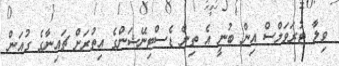
ވިލާ ޓުރަވަލްސް އިން ބުނީ އެ ތިން ޑެސްޓިނޭޝަންގެ އިތުރަށް ޗައިނާގެ ގުއަން